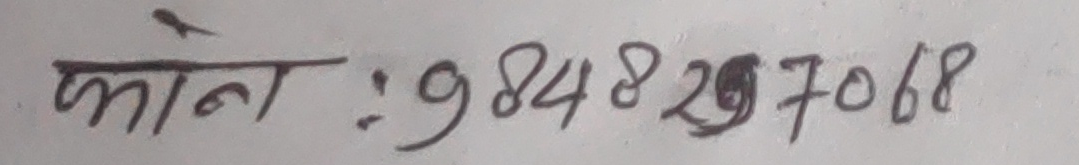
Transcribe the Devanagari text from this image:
फोन : 9848297068